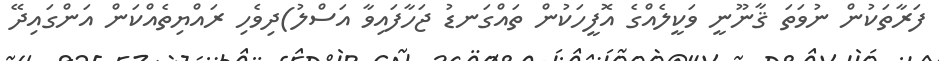
ފަރާތަކުން ނުވަތަ ޤާނޫނީ ވަކީލެއްގެ އޮފީހަކުން ތައްގަނޑު ޖަހާފައިވާ އަސްލު)ދިވެހި ރައްޔިތެއްކަން އަންގައިދޭ